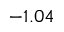
- 1 . 0 4